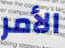
الأمر